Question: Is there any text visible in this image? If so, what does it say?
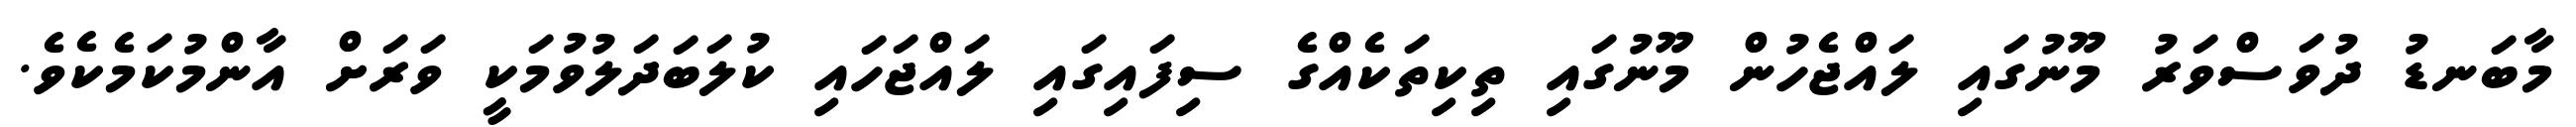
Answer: މާބަނޑު ދުވަސްވަރު މޫނުގައި ލައްޖެހުން މޫނުގައި ތިކިތަކެއްގެ ސިފައިގައި ލައްޖަހައި ކުލަބަދަލުވުމަކީ ވަރަށް އާންމުކަމެކެވެ.